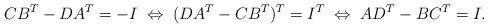
LaTeX: \begin{align*}C B^T - D A^T = -I \; \Leftrightarrow \; (D A^T - C B^T)^T = I^T \; \Leftrightarrow \; A D^T - B C^T = I.\end{align*}